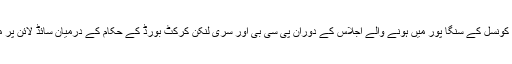
ایشین کرکٹ کونسل کے سنگا پور میں ہونے والے اجلاس کے دوران پی سی بی اور سری لنکن کرکٹ بورڈ کے حکام کے درمیان سائڈ لائن پر ملاقات ہوئی۔